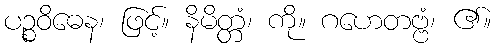
ပဉ္စဝိဓေန၊ ဖြင့်။ နိမိတ္တံ၊ ကို။ ဂဟေတဗ္ဗံ၊ ၏။